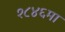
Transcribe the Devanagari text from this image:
१८४६मा